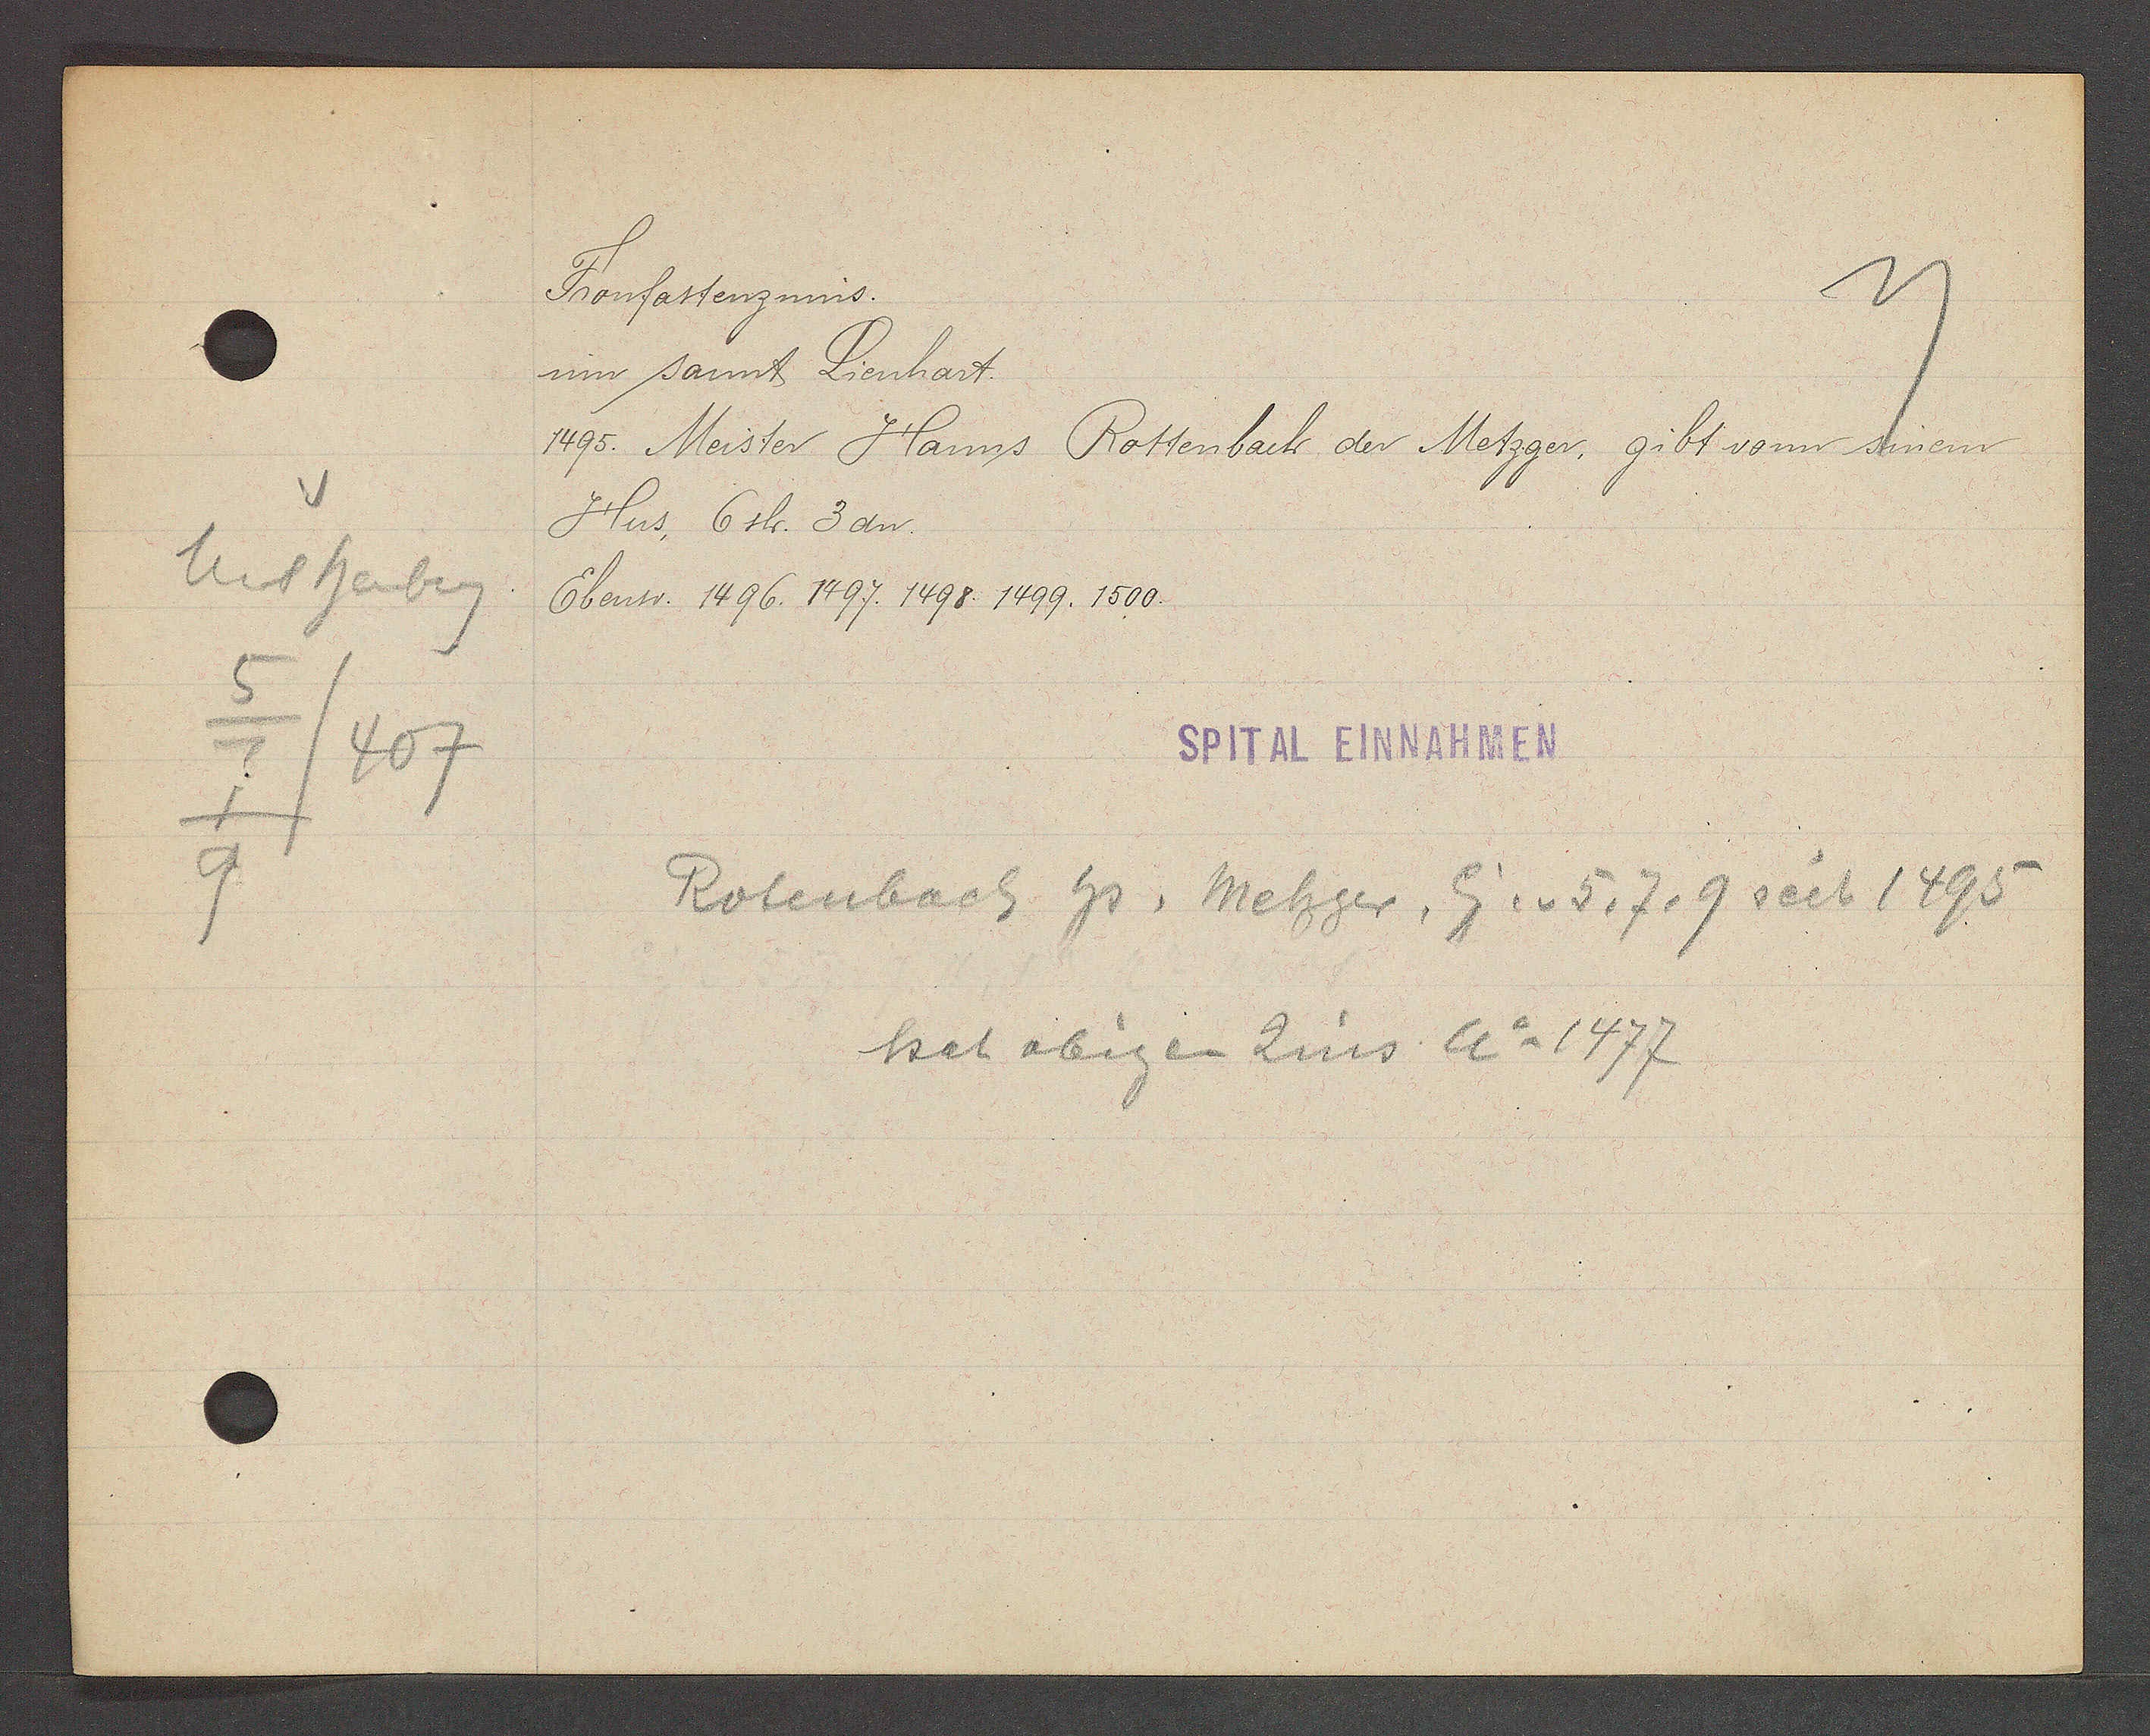
Transcript:
v
Unt heuberg
5
/407
7
9

Fronfastenzinns.

um sannt Lienhart.
1495. Meister Hanns Rottenbach der Metzger, gibt vonn sinem
Hus, 6sh. 3 dn.
Ebenso. 1496. 1497. 1498. 1499. 1500.

SPITAL EINNNAHMEN

Rotenbach hs, Metzger, Eig v. 5, 7, 9 seit 1495
het obigen Zins Ao 1477